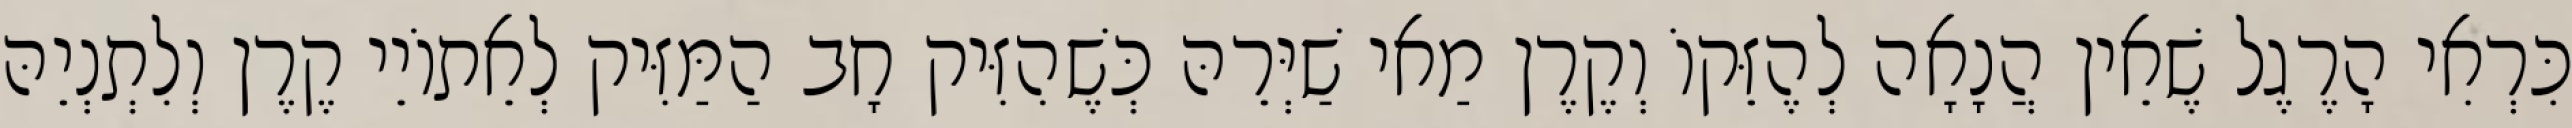
כִּרְאִי הָרֶגֶל שֶׁאֵין הֲנָאָה לְהֶזֵּקוֹ וְקֶרֶן מַאי שַׁיְּרֵהּ כְּשֶׁהִזִּיק חָב הַמַּזִּיק לְאֵתוֹיֵי קֶרֶן וְלִתְנְיֵהּ